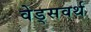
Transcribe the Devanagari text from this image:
वेड्सवर्थ